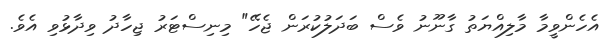
އެހެންވީމާ މާލިއްޔަތު ގާނޫނު ވެސް ބަދަލުކުރަން ޖެހޭ" މިނިސްޓަރު ޖިހާދު ވިދާޅުވި އެވެ.